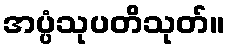
အပ္ပံသုပတိသုတ်။